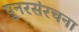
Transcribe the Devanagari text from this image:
पुनरसंरचना